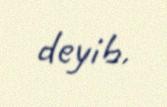
deyib.